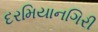
દરમિયાનગિરી